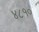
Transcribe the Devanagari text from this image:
४८१०